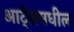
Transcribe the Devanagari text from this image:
आर्ट्‌समधील